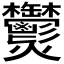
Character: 𤓮